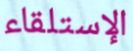
الإستلقاء